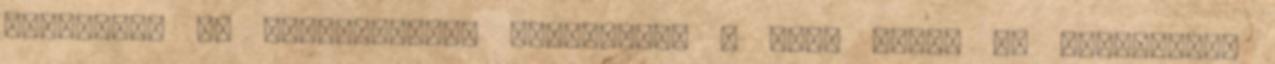
rendezésű vb díjazottjai: Bronzlabda - Hong Myung Bo dél-koreai